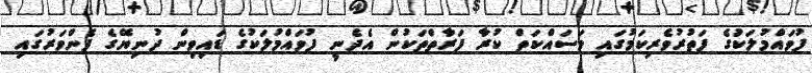
ފުވައްމުލަކުަގެ ފަތުރުވެރިކަމުގައި މަސައްކަތް ކުރާ ފަރާތްތަކުން އެދެނީ ފުވައްމުލަކުގެ ޑައިވިން ދުނިޔޭގެ ފެންވަރުގައި